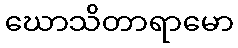
ဃောသိတာရာမော